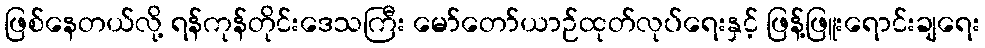
ဖြစ်နေတယ်လို့ ရန်ကုန်တိုင်းဒေသကြီး မော်တော်ယာဉ်ထုတ်လုပ်ရေးနှင့် ဖြန့်ဖြူးရောင်းချရေး